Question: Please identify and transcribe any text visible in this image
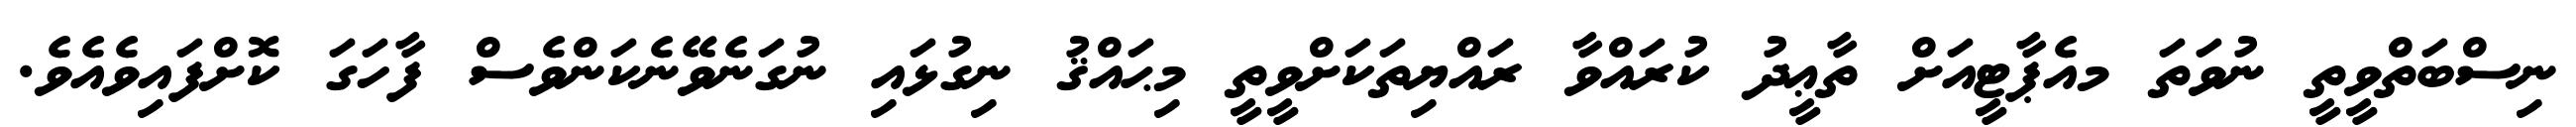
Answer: ނިސްބަތްވީތީ ނުވަތަ މއެޕާޓީއަށް ތާޢީދު ކުރައްވާ ރައްޔިތަކަށްވީތީ މިޙައްޤު ނިގުޅައި ނުގަނެވޭނެކަންވެސް ފާހަގަ ކޮށްފައިވެއެވެ.